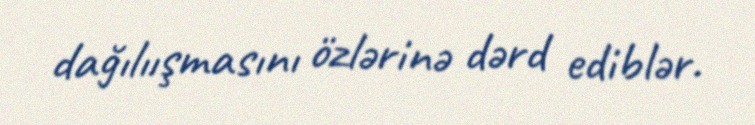
dağılıışmasını özlərinə dərd ediblər.